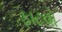
ફાટવો